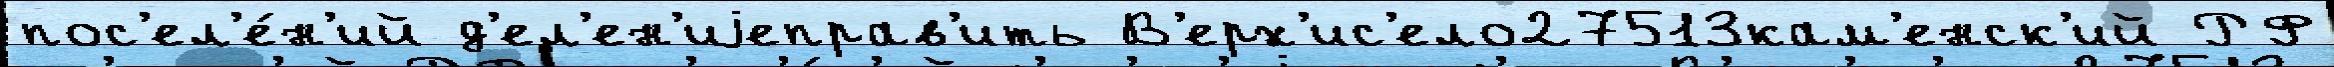
пос'ел'е́н'ий д'ел'ен'иjеправ'ить В'ерх'ис'ело27513кам'енск'ий РФ